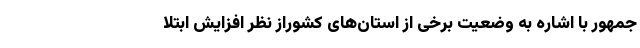
جمهور با اشاره به وضعیت برخی از استان‌های کشوراز نظر افزایش ابتلا